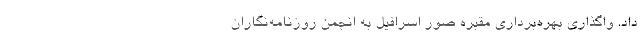
داد. واگذاری بهره‌برداری مقبره صور اسرافیل به انجمن روزنامه‌نگاران